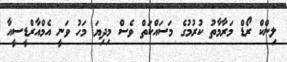
ލިންކް ރޯޑް މަރާމާތު ކުރުމުގެ މަސައްކަތް ވެސް މިދިޔަ މަހު ވަނީ އެމްއާރްޑީސީއާ